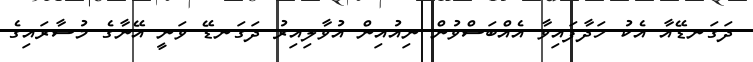
ދަގަނޑޭއާ އެކު ހަދާފައިވާ އެއްބަސްވުން ނިއުއިން އުވާލިއިރު ދަގަނޑޭ ވަނީ އޭނާގެ މުސާރައިގެ